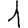
Digit: 1